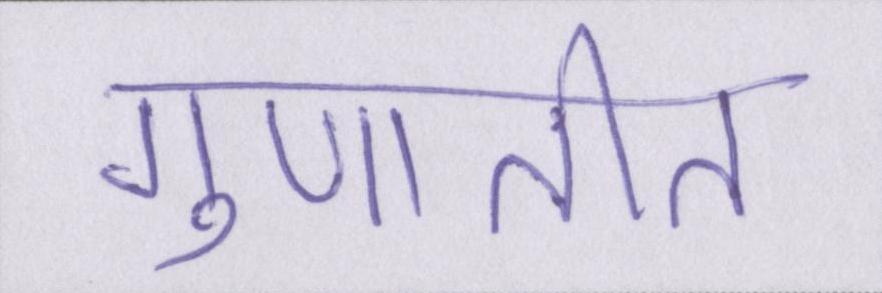
गुणातीत